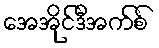
အေအိုင်ဒီအက်စ်